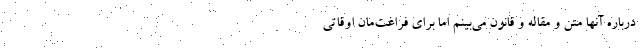
درباره آنها متن و مقاله و قانون می‌بینم اما برای فراغت‌مان اوقاتی